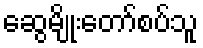
ဆွေမျိုးတော်စပ်သူ